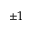
\pm 1